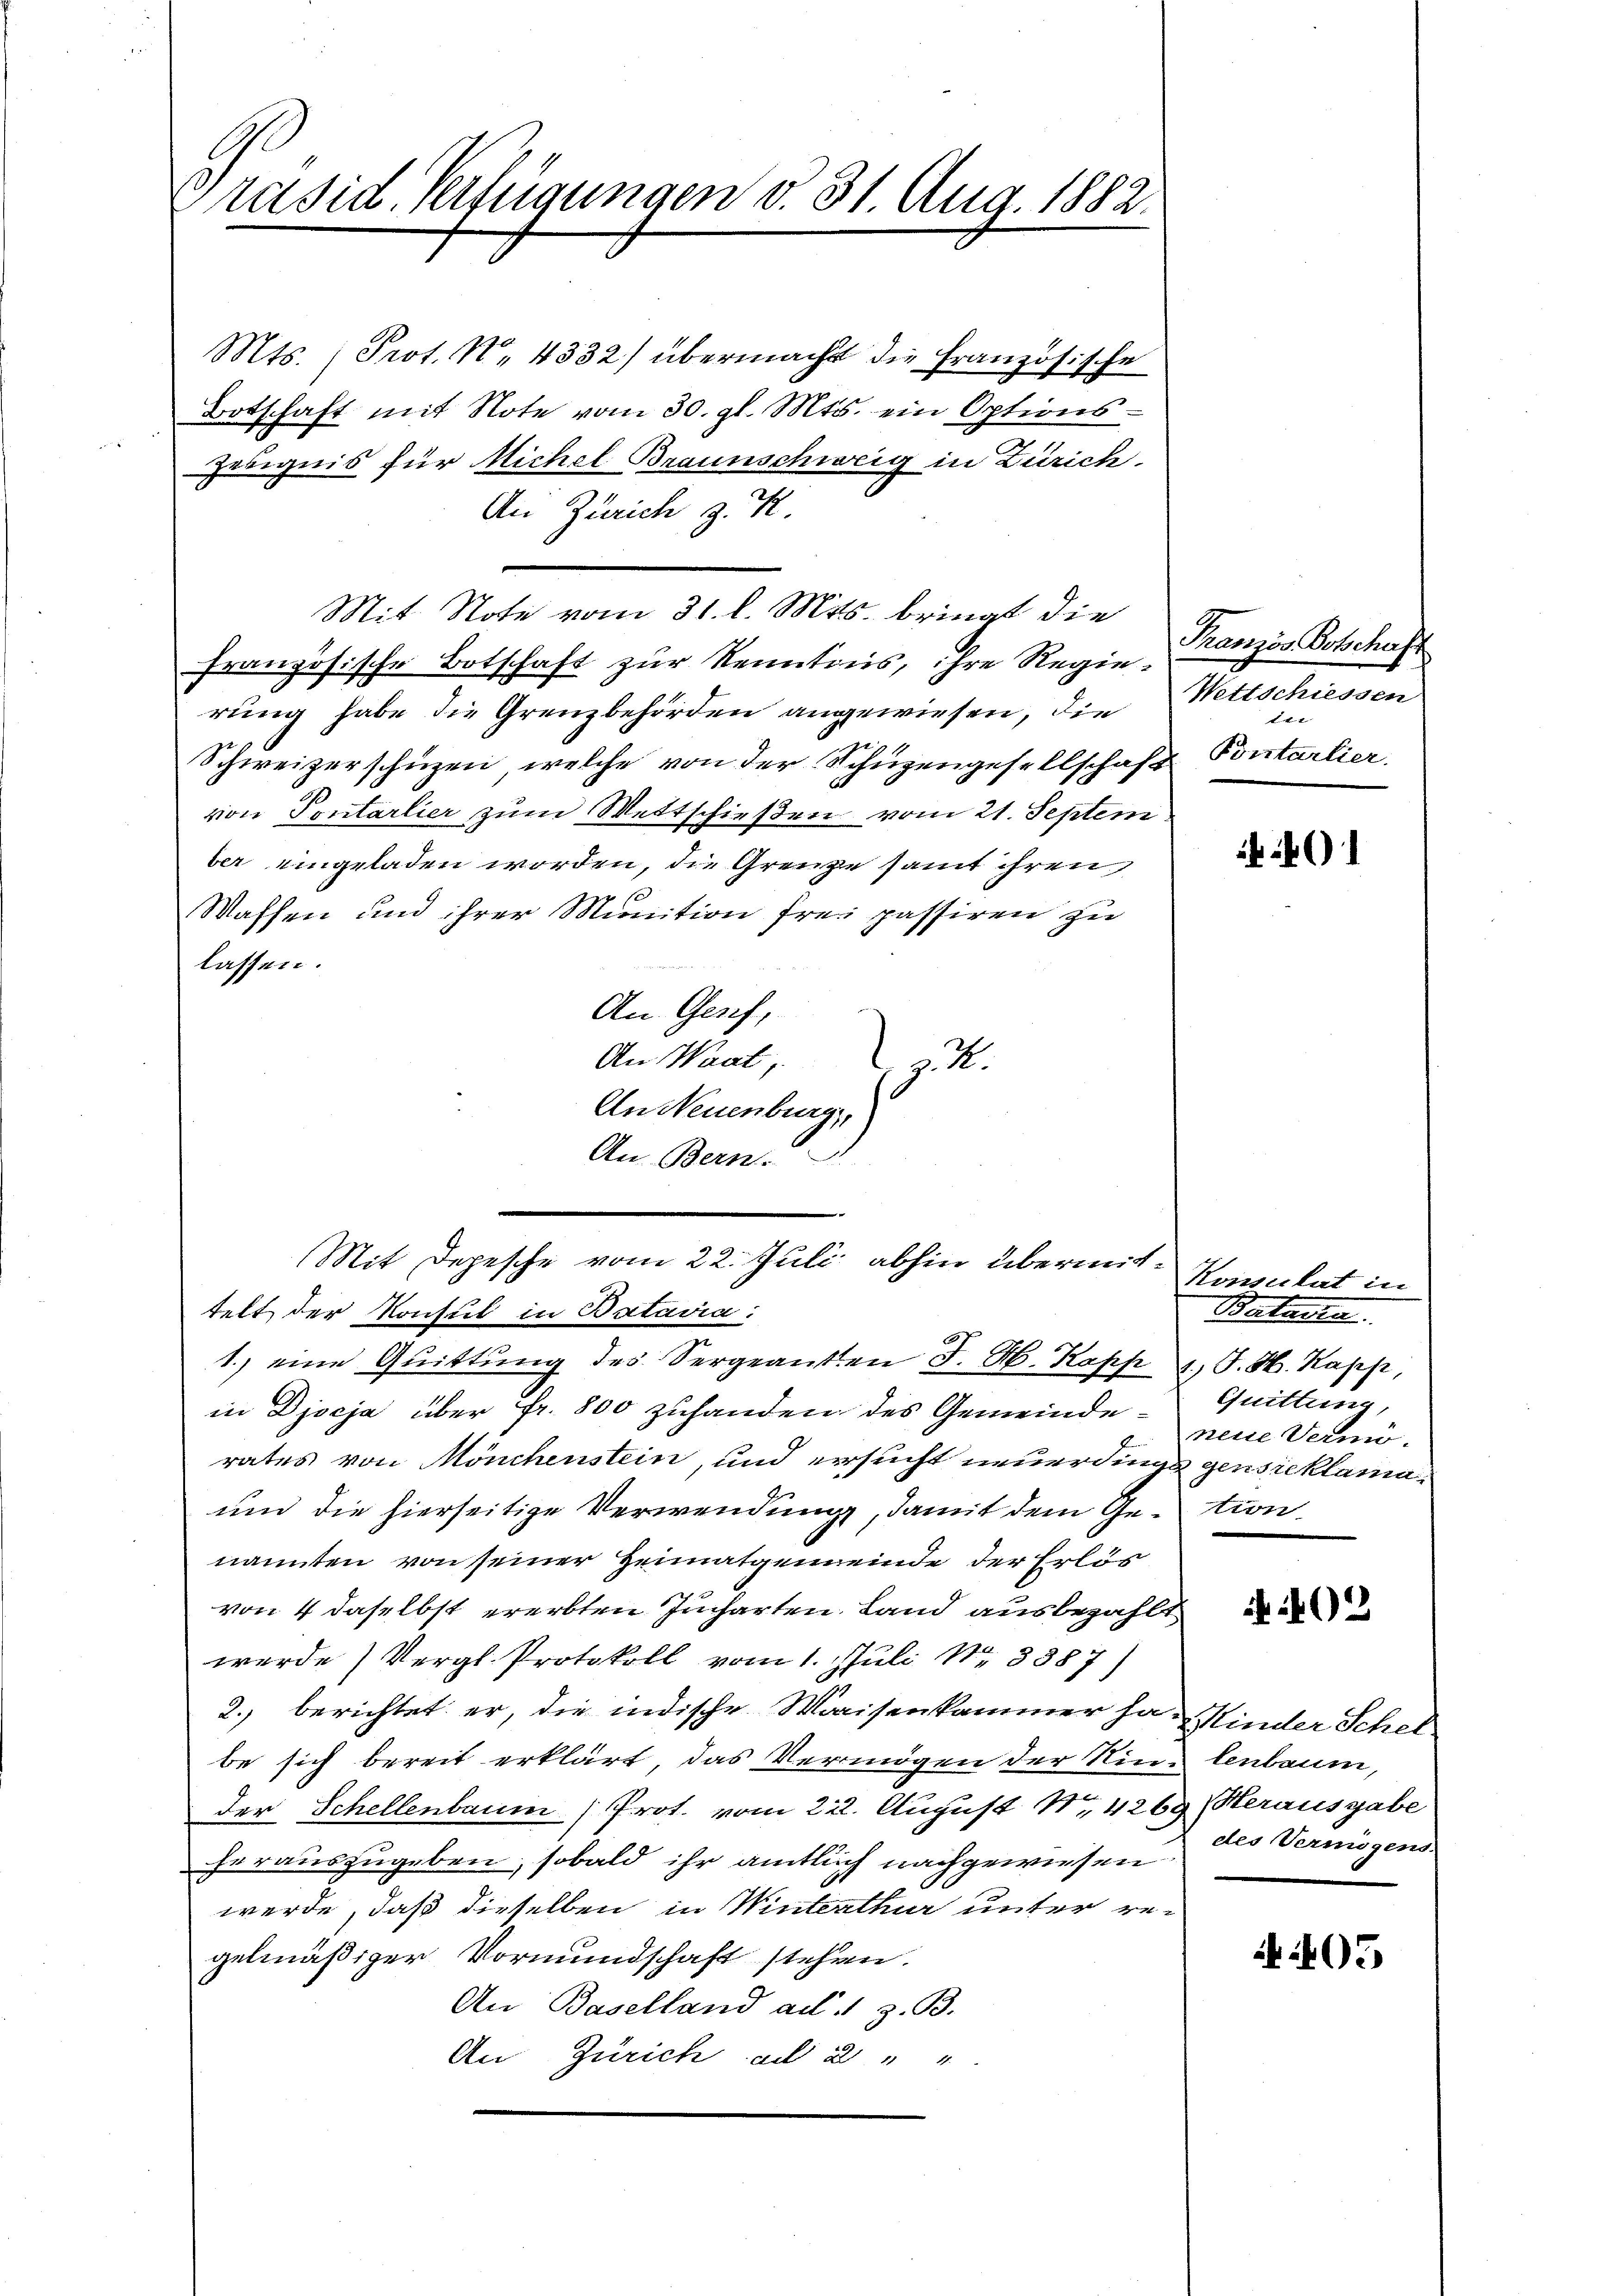
Präsid. Verfügungen d. 31. Aug. 1882.

Mts. (Prot. N. 4332) übermacht die Französische
Botschaft mit Note vom 30. gl. Mts. ein Options¬
Geeignis für Michel Braunschweig in Zürich
An Zürich z. K.
Mit Note vom 31. l. Mts. bringt die
französische Botschaft zur Kenntius, ihre Regierung habe die Grenzbehörden angewiesen, die
Schweizerschüzen, welche von der Schüzengesellschaft
von Pontarlier zum Wettschießen vom 21. Septem
ber eingeladen worden, die Grenze samt ihren
Wassen und ihrer Munition frei passiren zu
lassen.
An Genf,
An Waat
2.
An Neuenburg,
An Bern

telt der Konsul in Batavia:
1. eine Quittung des Vergeanten J. M. Kopp v. J. H. Kapp,
in Djseja über fr. 800 zuhanden des Gemeinde-
rates von Mönchenstein, und ersucht neuerdings gensreklama¬
und die hierseitige Verwendung, damit dem Ge-tion
nannten von seiner Heimatgemeinde der Erlös
von 4 daselbst ererbten Jucharten Land ausbezahlt
werde) Vergl. Protokoll vom 1. Juli N3387)
2.) berichtet er, die indische Waisenkammer ha. Kinder Schel
be sich bereit erklärt, das Vermögen der Ring lenbaum,
der Schellenbaum (Prot. vom 22. August 14269 Herausgabe
herauszugeben, sobald ihr amtlich nachgewiesen
werde, daß dieselben in Winterthur unter regelmäßiger Vormundschaft stehen.
An Baselland ad 11 z. B.
An Zürich ad 2 " "

Mit Depesche vom 22. Juli abhin übermit¬

Französ. Botschaft
Wettschiessen

Pontarlier.

Konsulat in
Batin
Quittung,
nene Vermö¬

402

des Vermögens

A 1405